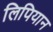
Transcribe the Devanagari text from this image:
लिपियान